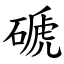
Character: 磃